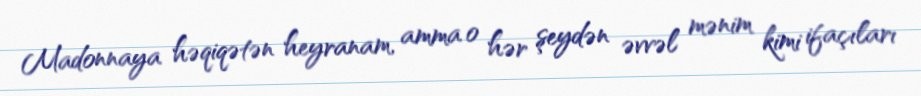
Madonnaya həqiqətən heyranam, amma o hər şeydən əvvəl mənim kimi ifaçıları